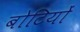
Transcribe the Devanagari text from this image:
बोटियों